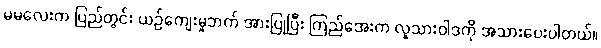
မမလေးက ပြည်တွင်း ယဉ်ကျေးမှုဘက် အားပြုပြီး ကြည်အေးက လူသားဝါဒကို အသားပေးပါတယ်။